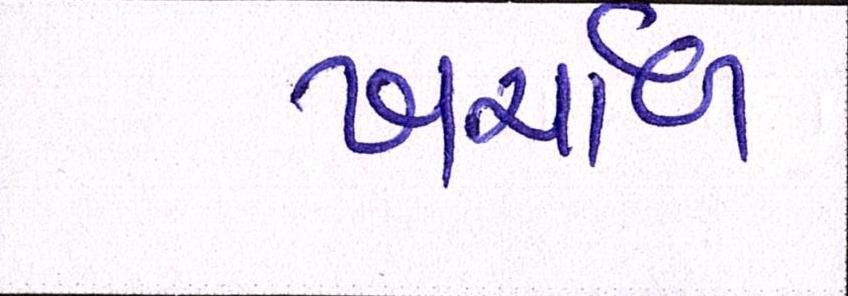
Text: ખર્ચાળ